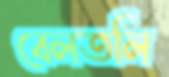
বেলতলি